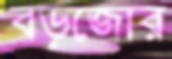
বড়জোর